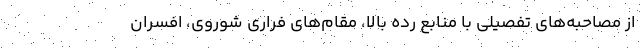
از مصاحبه‌های تفصیلی با منابع رده بالا، مقام‌های فراری شوروی، افسران